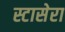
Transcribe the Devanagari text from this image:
स्टासेरा